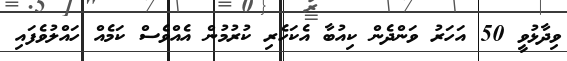
ވިދާޅުވީ 50 އަހަރު ވަންދެން ކިއުބާ އެކަހެރި ކުރުމުން އެއްވެސް ކަމެއް ހައްލުވެފައި